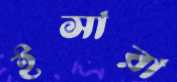
ইসারা